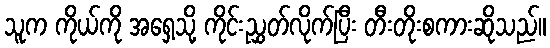
သူက ကိုယ်ကို အရှေ့သို့ ကိုင်းညွှတ်လိုက်ပြီး တီးတိုးစကားဆိုသည်။